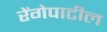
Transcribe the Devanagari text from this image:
रेंगेपाटील